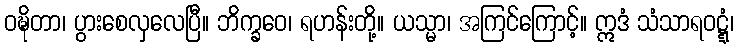
ဝဍ္ဎိတာ၊ ပွားစေလှလေပြီ။ ဘိက္ခဝေ၊ ရဟန်းတို့။ ယသ္မာ၊ အကြင်ကြောင့်။ ဣဒံ သံသာရဝဋ္ဋံ၊